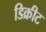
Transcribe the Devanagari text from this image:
डिक्रीट